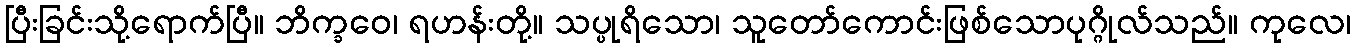
ပြီးခြင်းသို့ရောက်ပြီ။ ဘိက္ခဝေ၊ ရဟန်းတို့။ သပ္ပုရိသော၊ သူတော်ကောင်းဖြစ်သောပုဂ္ဂိုလ်သည်။ ကုလေ၊